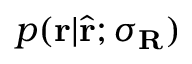
p ( \mathbf { r } | \hat { \mathbf { r } } ; \boldsymbol { \sigma } _ { \mathbf { R } } )